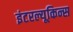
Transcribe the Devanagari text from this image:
इंटरल्यूकिन्स